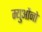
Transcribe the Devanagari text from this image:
म्युओंनो